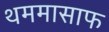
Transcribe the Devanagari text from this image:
थममासाफ